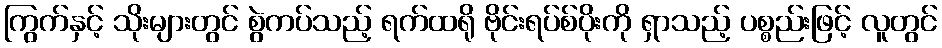
ကြွက်နှင့် သိုးများတွင် စွဲကပ်သည့် ရက်ထရို ဗိုင်းရပ်စ်ပိုးကို ရှာသည့် ပစ္စည်းဖြင့် လူတွင်